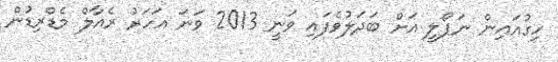
ހިގުއައިން ނަޕޯލީ އަށް ބަދަލުވެފައި ވަނީ 2013 ވަނަ އަހަރު ރެއާލް މެޑްރިޑުން